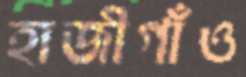
হাজীগাঁও